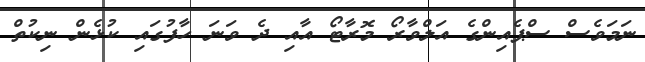
ނަމަވެސް ސްޕެއިންގެ އަލްވާރޯ މޮރާޓޯ އާއި ދެ ވަނަ ހާފުގައި ކުޅެން ނިކުތް